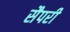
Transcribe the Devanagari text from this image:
सैपरी